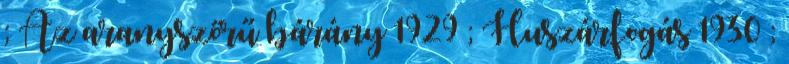
; Az aranyszőrű bárány 1929 ; Huszárfogás 1930 ;